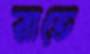
রাতে